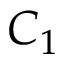
C _ { 1 }